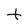
Character: t